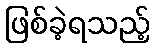
ဖြစ်ခဲ့ရသည့်